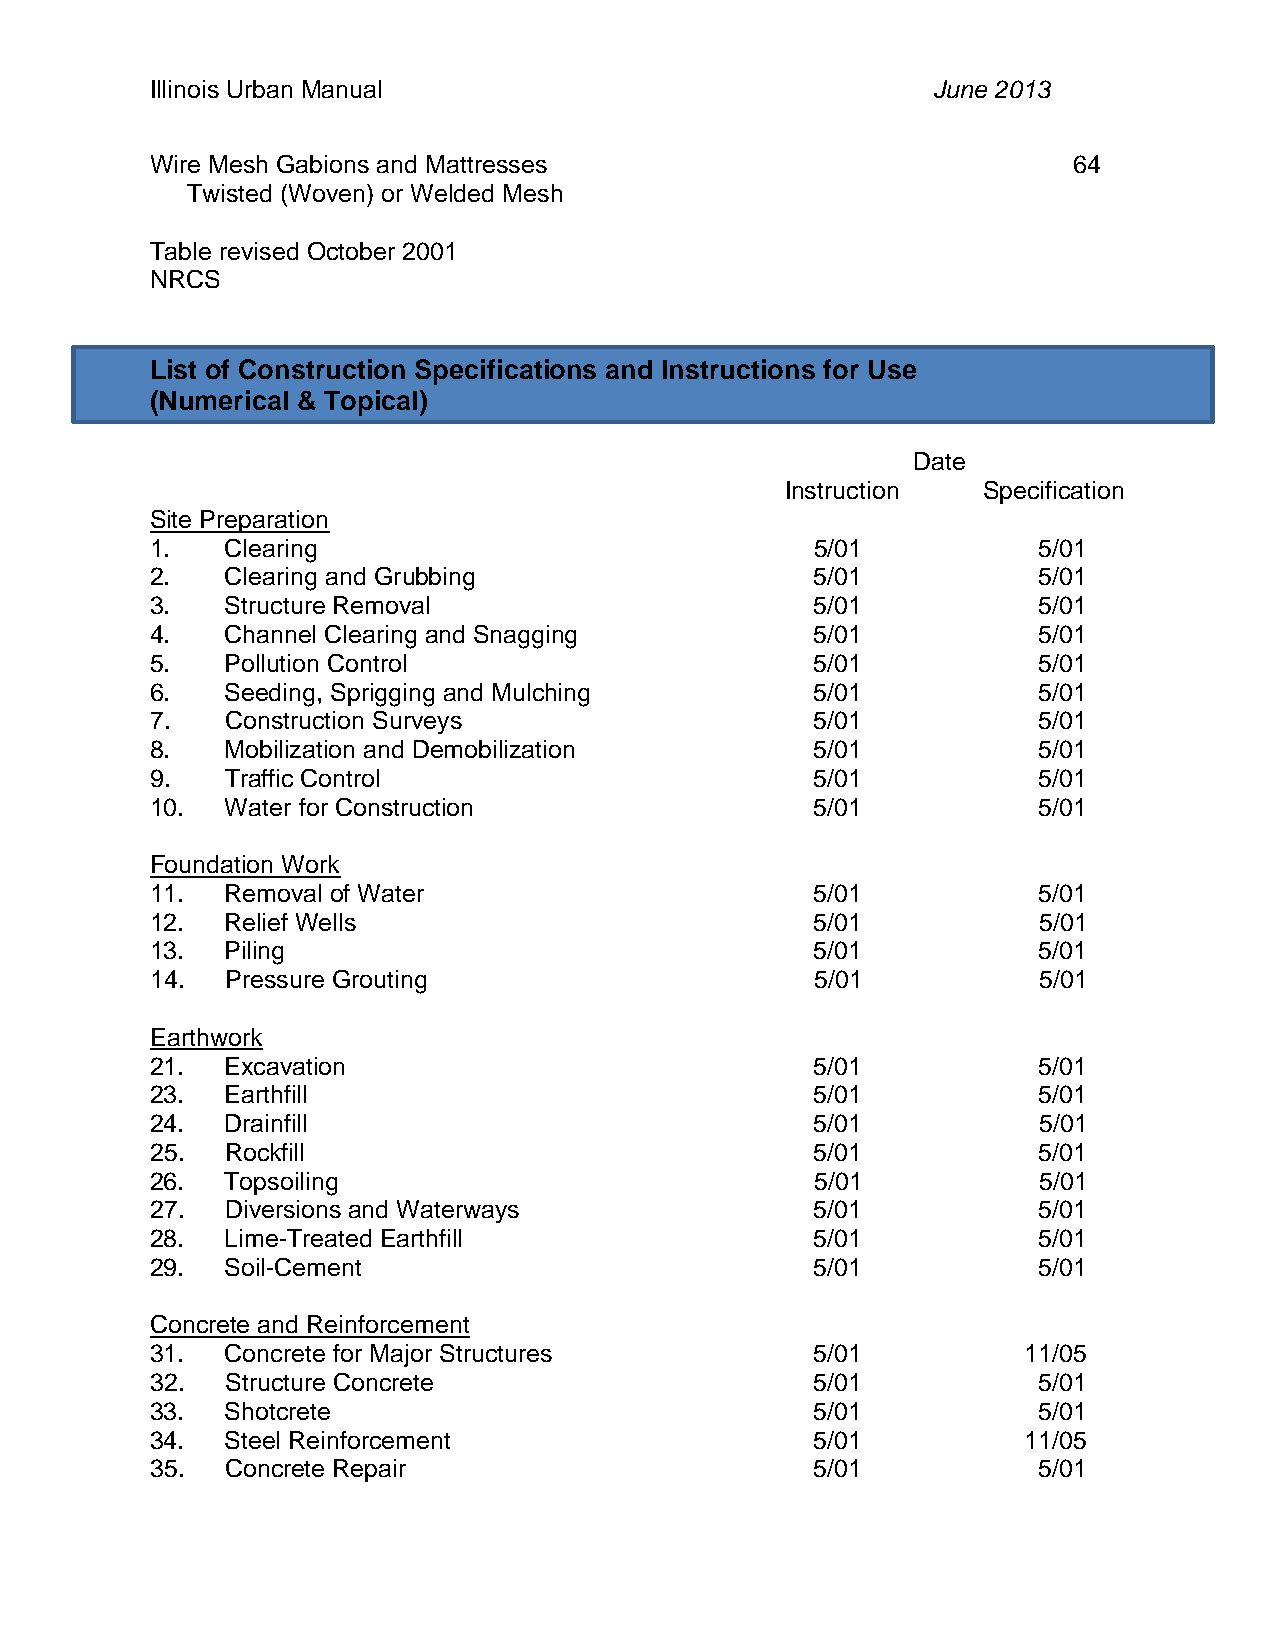
Illinois Urban Manual                               June 2013
 Wire Mesh Gabions and Mattresses                             64
 Twisted (Woven) or Welded Mesh
 Table revised October 2001
 NRCS
 List of Construction Specifications and Instructions for Use
 (Numerical & Topical)
 Date
 Instruction  Specification
 Site Preparation
 1.   Clearing                               5/01           5/01
 2.   Clearing and Grubbing                  5/01           5/01
 3.   Structure Removal                      5/01           5/01
 4.   Channel Clearing and Snagging          5/01           5/01
 5.   Pollution Control                      5/01           5/01
 6.   Seeding, Sprigging and Mulching        5/01           5/01
 7.   Construction Surveys                   5/01           5/01
 8.   Mobilization and Demobilization        5/01           5/01
 9.   Traffic Control                        5/01           5/01
 10.  Water for Construction                 5/01           5/01
 Foundation Work
 11.  Removal of Water                       5/01           5/01
 12.  Relief Wells                           5/01           5/01
 13.  Piling                                 5/01           5/01
 14.  Pressure Grouting                      5/01           5/01
 Earthwork
 21.  Excavation                             5/01           5/01
 23.  Earthfill                              5/01           5/01
 24.  Drainfill                              5/01           5/01
 25.  Rockfill                               5/01           5/01
 26.  Topsoiling                             5/01           5/01
 27.  Diversions and Waterways               5/01           5/01
 28.  Lime-Treated Earthfill                 5/01           5/01
 29.  Soil-Cement                            5/01           5/01
 Concrete and Reinforcement
 31.  Concrete for Major Structures          5/01          11/05
 32.  Structure Concrete                     5/01           5/01
 33.  Shotcrete                              5/01           5/01
 34.  Steel Reinforcement                    5/01          11/05
 35.  Concrete Repair                        5/01           5/01